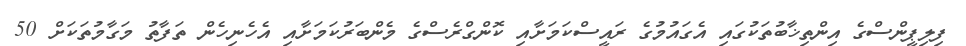
ފިލިޕީންސްގެ އިންތިޚާބުތަކުގައި އެގައުމުގެ ރައީސްކަމަށާއި ކޮންގްރެސްގެ މެންބަރުކަމަށާއި އެހެނިހެން ތަފާތު މަގާމުތަކަށް 50